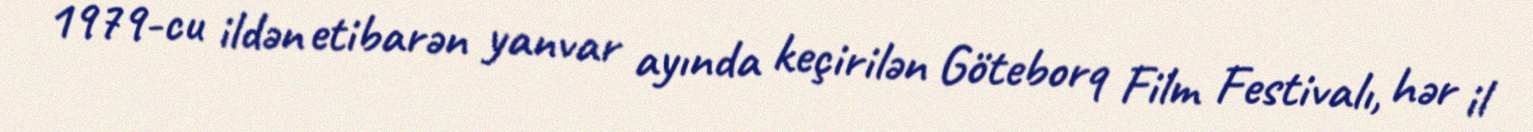
1979-cu ildən etibarən yanvar ayında keçirilən Göteborq Film Festivalı, hər il